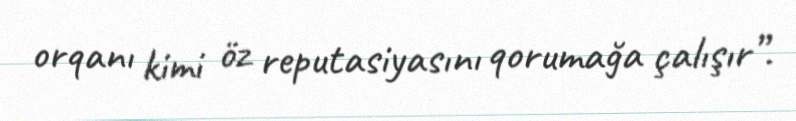
orqanı kimi öz reputasiyasını qorumağa çalışır”.